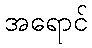
အရောင်